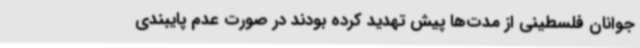
جوانان فلسطینی از مدت‌ها پیش تهدید کرده بودند در صورت عدم پایبندی